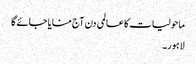
ماحولیات کا عالمی دن آج منایا جائے گا
لاہور۔